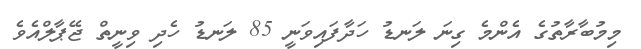
މިމުބާރާތުގެ އެންމެ ގިނަ ލަނޑު ހަދާފައިވަނީ 85 ލަނޑު ހެދި ވިނީތް ޖޭޕާލްއެވެ